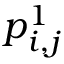
p _ { i , j } ^ { 1 }